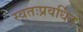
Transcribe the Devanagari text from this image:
स्वतःप्रवर्धित